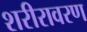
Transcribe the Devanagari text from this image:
शरीरावरण